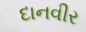
દાનવીર